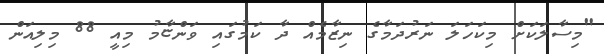
"މިސާލަކަށް މިކަހަލަ ނަރުދަމާގެ ނިޒާމެއް ދާ ކަމުގައި ވަންޏާމު މިއީ 88 މިލިއަން